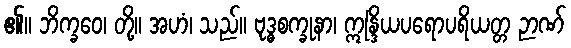
၏။ ဘိက္ခဝေ၊ တို့။ အဟံ၊ သည်။ ဗုဒ္ဓစက္ခုနာ၊ ဣန္ဒြိယပရောပရိယတ္တ ဉာဏ်